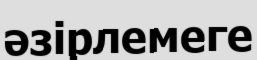
әзірлемеге